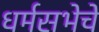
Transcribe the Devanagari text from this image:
धर्मसभेचे